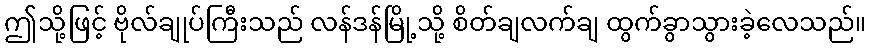
ဤသို့ဖြင့် ဗိုလ်ချုပ်ကြီးသည် လန်ဒန်မြို့သို့ စိတ်ချလက်ချ ထွက်ခွာသွားခဲ့လေသည်။